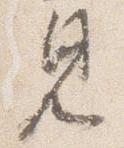
見